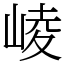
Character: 崚